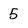
Character: 5